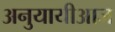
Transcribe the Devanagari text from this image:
अनुयायीआज